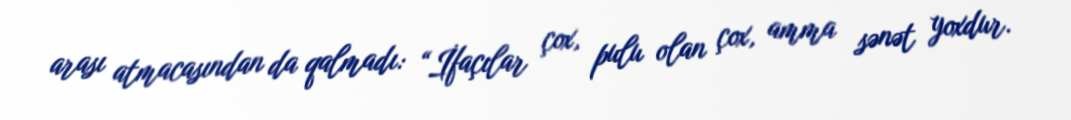
arası atmacasından da qalmadı: “İfaçılar çox, pulu olan çox, amma sənət yoxdur.